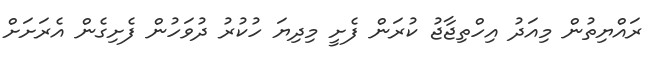
ރައްޔިތުން މިއަދު އިހްތިޖާޖު ކުރަން ފެށީ މިދިޔަ ހުކުރު ދުވަހުން ފެށިގެން އެރަށަށް